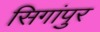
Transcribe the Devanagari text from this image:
सिगांपुर